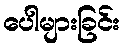
ပေါများခြင်း